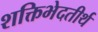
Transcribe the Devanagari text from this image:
शक्तिभेदतीर्थ